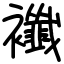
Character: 襳